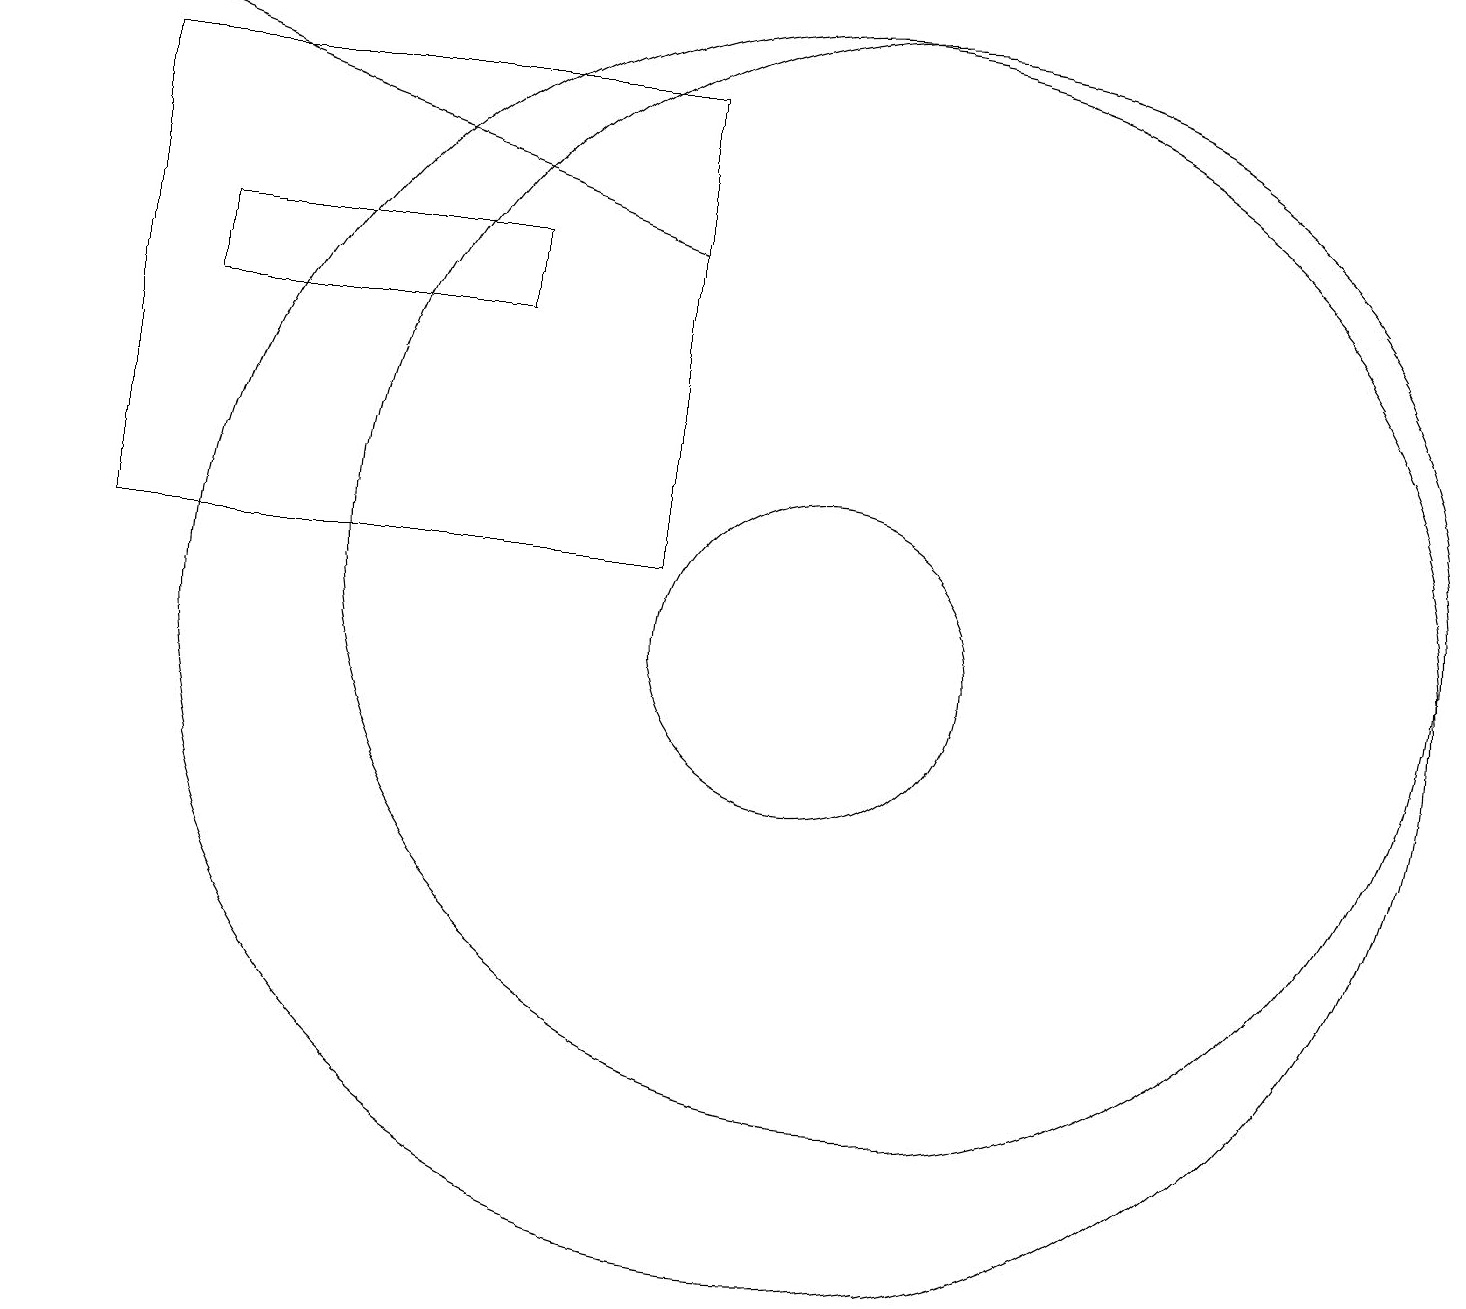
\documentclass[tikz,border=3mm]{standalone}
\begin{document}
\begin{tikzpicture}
\draw[->] (8,15) -- (0,18);
\draw (8,17) rectangle (1,11);
\draw (10,10) circle (8);
\draw (6,15) rectangle (2,14);
\draw (10,10) circle (2);
\draw (11,11) circle (7);
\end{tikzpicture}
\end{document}